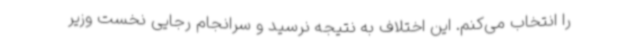
را انتخاب می‌کنم. این اختلاف به نتیجه نرسید و سرانجام رجایی نخست وزیر